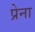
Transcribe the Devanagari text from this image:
प्रेना